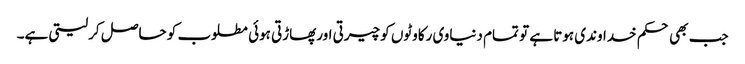
جب بھی حکم خداوندی ہوتا ہے تو تمام دنیاوی رکاوٹوں کو چیرتی اورپھاڑتی ہوئی مطلوب کو حاصل کرلیتی ہے۔